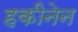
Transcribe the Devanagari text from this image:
हकीनेन